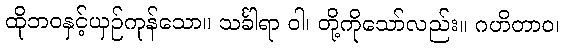
ထိုဘဝနှင့်ယှဉ်ကုန်သော။ သင်္ခါရာ ဝါ၊ တို့ကိုသော်လည်း။ ဂဟိတာဝ၊